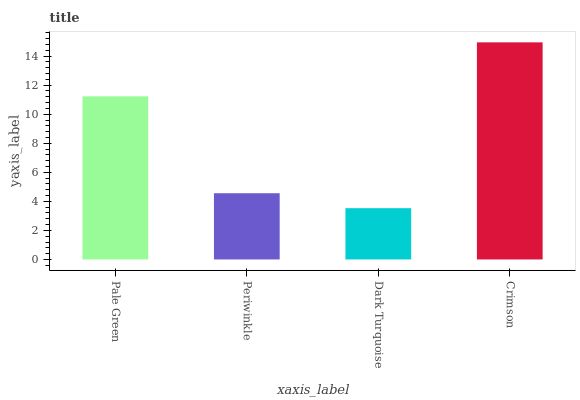
| xaxis_label | bars |
 | --- | --- |
 | Pale Green | 11.2 |
 | Periwinkle | 4.56 |
 | Dark Turquoise | 3.53 |
 | Crimson | 14.9 |